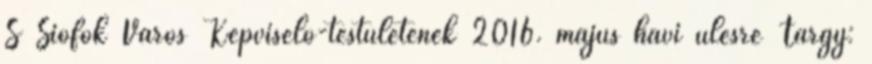
S Siófok Város Képviselő-testületének 2016. május havi ülésre Tárgy: